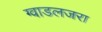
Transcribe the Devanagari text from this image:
ग्वाडलजरा